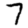
Digit: 7